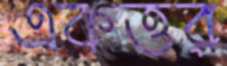
একত্তর